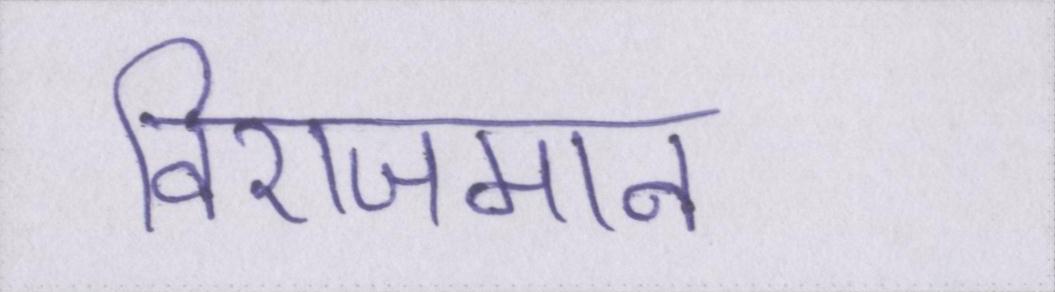
विराजमान